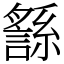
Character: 䌛